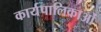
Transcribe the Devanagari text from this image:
कार्यपालिकाओं